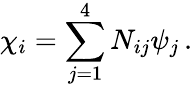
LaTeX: \chi_{i}=\sum_{j=1}^{4}N_{ij}\psi_{j}\, .